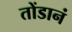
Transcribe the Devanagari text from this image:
तोंडानं